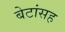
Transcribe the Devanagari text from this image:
बेटांसह